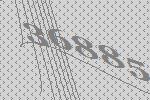
36885